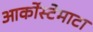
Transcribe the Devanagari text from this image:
आर्कोस्टेमाटा